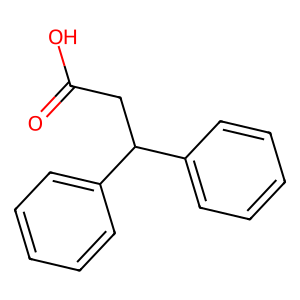
SMILES: O=C(O)CC(c1ccccc1)c1ccccc1
Inhibits HIV replication: No